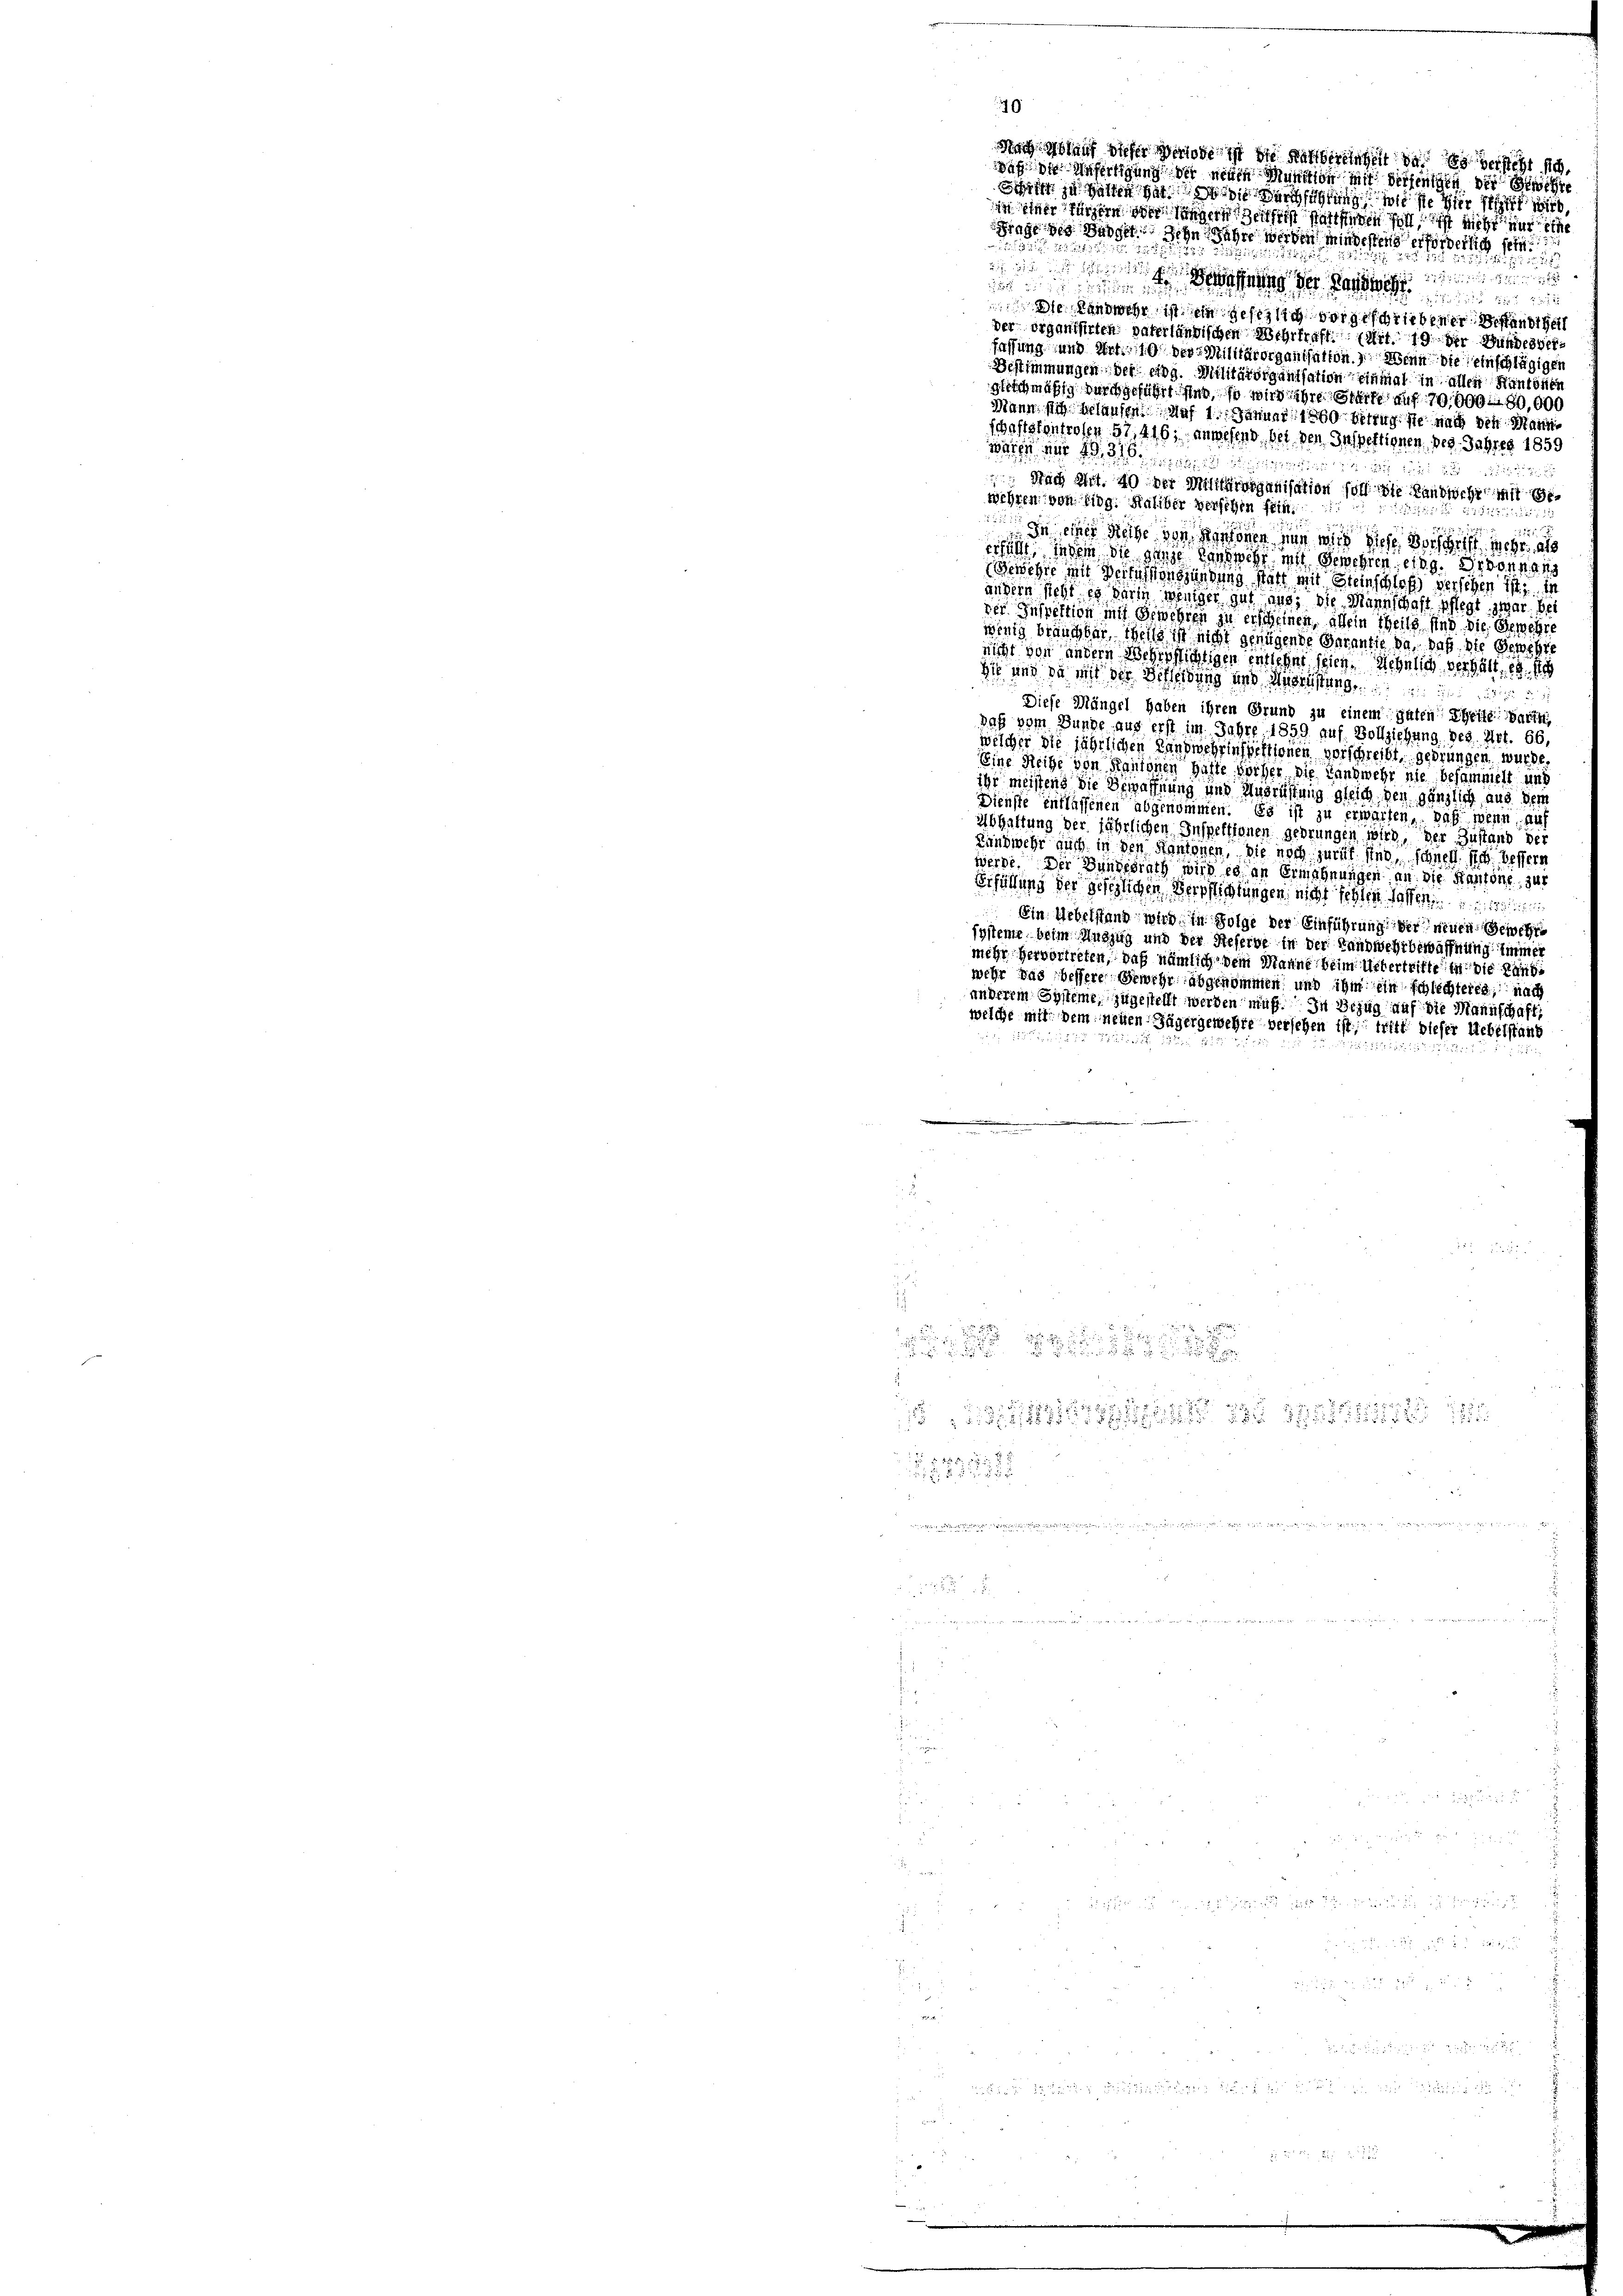
u
hnung der
iindung
 xx
 2
ie Landwehr ist in gesetzlich vorgeschriebener Bestandtheil
der organisirten vaterländischen Mehrkraft (Art. 19 der Wundesverfassung und Art. 10 der Militärorganisation. Wenn die einschlägigen
Bestimmungen, der eidg. Militärorganisation einmal in allen Kantonen
gleichmäßig durchgeführt sind, so wird ihre Garte auf 70,000. 80,000
Mann sich belausen Auf 1. Januar 1860 betrug sie nach den Mann¬
Schaftskontrosen 57,416, anwesend bei den Inspektionen, der Jahres 1859
waren nur 1316

 Nach Art. 40 der Militärorganisation soll die Landwehr mit
wehren von Eidg. Haliber verschen sein.
diritus
225.
In einer Reihe von Personen auch wird diese doch es sehr a
ersucht, indem die ganze Landwehr mit Gewehren eing. Er vonnan
Gewehre im Verfassen Gründung statt mit Steinschloß versehen ist d
andern sieht es darin weniger gut aus, die Mannschaft pflegt zwar bei
ver Inspektion mit Gewehren zu erscheinen, allein theils sind die Gewehre
wenig brauchter, weiß ist nicht genügende Garantie da, daß die Gewehte
nicht von andern Wehrpflichtigen entlehnt seien. Aehnlich verhält, es sich
Sie und ja mit der Schleidung und Ansichtung un
Diese Mängel haben ihren Grund zu einem guten Theile darth
daß vom Bunde aus erst im Jahre 1859 auf Vollziehung. Ges. Art. 66
welcher die jährlichen Landwehrinspektionen vorschreibt, gedrungen wurde.
Eine Reihe von Kantonen Halte vorher die Landwehr nie besammelt und
ihr meistens die Bewaffnung und Ausrüstung gleich den gänzlich aus dem
Dienste entlassenen abgenommen. Es ist zu erwarten, daß wenn auch
Abhaltung der jährlichen Inspektionen gedrungen wird, der Zustand der
Landwehr auch in den Kantonen, die noch zurück und schnell sich bessern
werde. Der Bundesrath wird es an Ermahnungen, an die Kantone zur
Erfüllung der gesezlichen Verpflichtungen nicht sehen sollen eine
Ein Uebelstand wird in Folge der Einführung der neuen Gewehr
systeme beim Auszug und der Steferne in der Handwehrbewaffnung immer
mehr hervortreten, daß nämlich dem Manne beim Uebertritte in die Landwehr das bessere Gewehr abgenommen, und ihm ein schlechteres, nach
anderem Systeme, zugestellt werden muß. In Bezug auf die Mannschaft,
welche mit dem neuen Jäger gewehre versehen ist, tritt dieser Uebelstand
e
.

 x

1224

 1881, 1875 x 1
125 f 18 f 24 x
a 24 x
 is mag an dass den der

 g
 55
i

 xx

  ich ist in
.

 8
e

  die

d

dich blauf dieser Periode ist die Ratsbereinheit das so versicht sich
daß die Anfertigung der neuen Munition mit derjenigen der Berichte
Schrift zu halten hat so wie durchführung wie sie hier stet wird,

in einer fürzern oder singern Zeitfrist stattfinden soll, ist nicht nur eine
Frage des Budget. Zehn Jahre werden mindestens erforderlich sein.